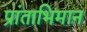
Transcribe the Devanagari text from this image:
प्रांताभिमान